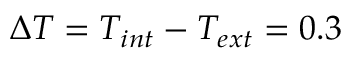
\Delta T = T _ { i n t } - T _ { e x t } = 0 . 3